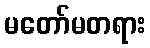
မတော်မတရား